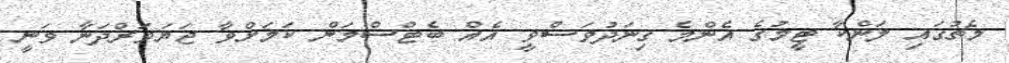
މެޗުގައި ލަންކާ ޓީމުގެ އެންމެ ގިނަދުވަސްވީ އެއް ބެޓްސްމަން ކަމަށްވާ ޖަޔަވަރްދަނާ ވަނީ